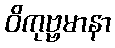
ဝိကုဗ္ဗမာနာ